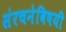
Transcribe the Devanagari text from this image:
संरचनेविषयी